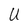
Character: U